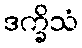
ဒက္ခိသံ